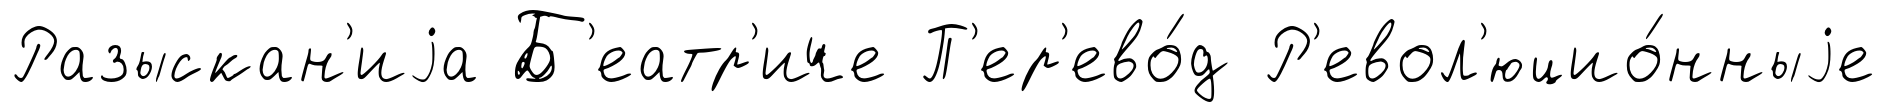
Разыскан'иjа Б'еатр'иче П'ер'ево́д Р'евол'юцио́нныjе